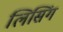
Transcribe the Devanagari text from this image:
लिसिंग